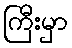
ကြီးမှာ